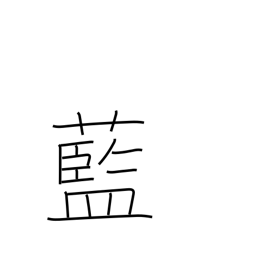
Meaning: indigo